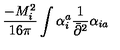
\frac { - M _ { i } ^ { 2 } } { 1 6 \pi } \int \alpha _ { i } ^ { a } \frac { 1 } { \bar { \partial } ^ { 2 } } \alpha _ { i a }